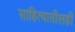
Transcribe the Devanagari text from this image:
साहित्यातीलही